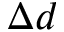
\Delta d